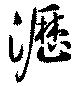
瀝